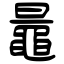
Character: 鼂